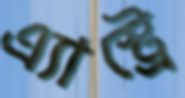
এ্যাস্ট্রে